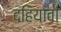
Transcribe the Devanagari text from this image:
दहियावां